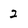
Character: 2